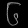
Digit: ၆